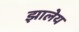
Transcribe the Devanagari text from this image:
झालेय